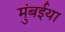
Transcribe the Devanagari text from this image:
मुंबईया